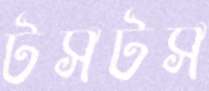
টসটস